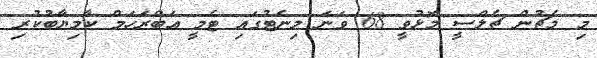
މި މެޗުން ޗެލްސީ މޮޅުވީ 68 ވަނަ މިނެޓުގައި ޓެމީ އަބްރަހަމް ކާމިޔާބުކުރި